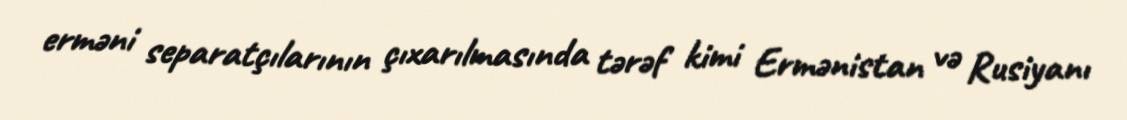
erməni separatçılarının çıxarılmasında tərəf kimi Ermənistan və Rusiyanı